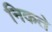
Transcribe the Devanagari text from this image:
निकते